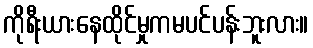
ကိုရီးယားနေထိုင်မှုကမပင်ပန်းဘူးလား။